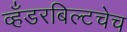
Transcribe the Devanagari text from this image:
व्हँडरबिल्टचेच